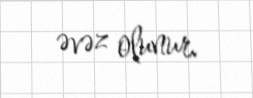
əvəz olunur.